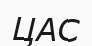
ЦАС